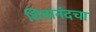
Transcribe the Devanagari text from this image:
शिवानंदचा